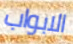
الابواب